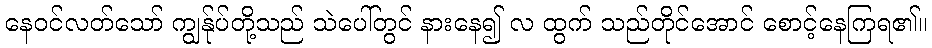
နေဝင်လတ်သော် ကျွန်ုပ်တို့သည် သဲပေါ်တွင် နားနေ၍ လ ထွက် သည်တိုင်အောင် စောင့်နေကြရ၏။